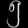
Digit: ၅